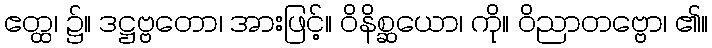
ဧတ္ထ၊ ၌။ ဒဋ္ဌဗ္ဗတော၊ အားဖြင့်။ ဝိနိစ္ဆယော၊ ကို။ ဝိညာတဗ္ဗော၊ ၏။